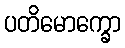
ပတိမောက္ခော